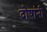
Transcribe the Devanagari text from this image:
दोषांनी